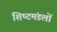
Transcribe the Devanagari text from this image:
शिष्‍टमंडलों